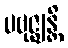
ပဗုဇ္ဈန္တိ